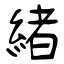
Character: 緒